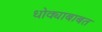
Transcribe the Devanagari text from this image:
धोक्याबाबत